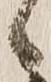
候